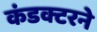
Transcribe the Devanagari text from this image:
कंडक्टरने